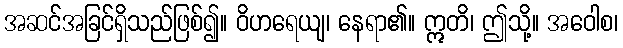
အဆင်အခြင်ရှိသည်ဖြစ်၍။ ဝိဟရေယျ၊ နေရာ၏။ ဣတိ၊ ဤသို့။ အဝေါစ၊